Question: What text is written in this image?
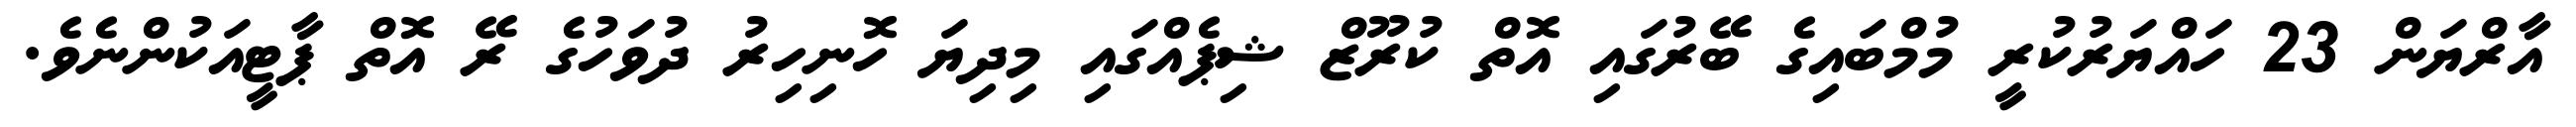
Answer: އާރްޔަން 23 ހައްޔަރުކުރީ މުމްބައިގެ ބޭރުގައި އޮތް ކުރޫޒް ޝިޕެއްގައި މިދިޔަ ހޮނިހިރު ދުވަހުގެ ރޭ އޮތް ޕާޓީއަކުންނެވެ.